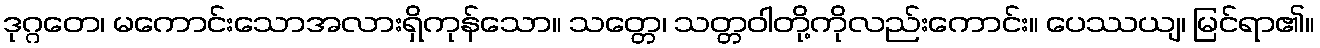
ဒုဂ္ဂတေ၊ မကောင်းသောအလားရှိကုန်သော။ သတ္တေ၊ သတ္တဝါတို့ကိုလည်းကောင်း။ ပေဿယျ၊ မြင်ရာ၏။